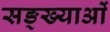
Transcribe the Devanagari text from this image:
सङ्ख्याअाें